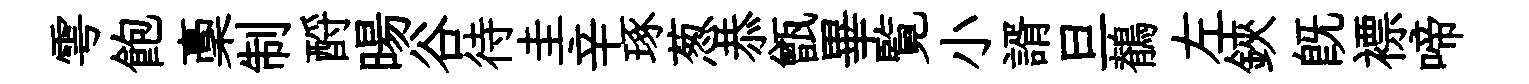
雩飽稾制酹暘谷待圭辛琢葱恭甑畢覧小諝旦鶺左鋏既褾啼